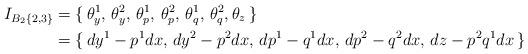
LaTeX: \begin{align*}I_{B_2\{2, 3\} }& = \{\, \theta_y^1,\, \theta_y^2,\, \theta^1_p, \, \theta^2_p,\, \theta^1_q, \, \theta^2_q, \theta_z\,\}\\& = \{\,dy^1 - p^1dx,\, dy^2 - p^2dx,\, dp^1 - q^1dx,\, dp^2 - q^2dx,\, dz - p^2q^1 dx\, \}\end{align*}